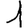
Digit: 1